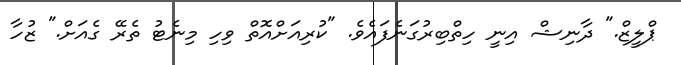
ޕްލީޒް." ދާނިޝް އިނީ ހިތްބިރުގަނެފައެވެ. "ކުރިއަށްއޮތް ވިހި މިނެޓު ތެރޭ ގެއަށް." ޒުހާ